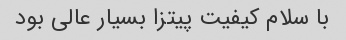
با سلام کیفیت پیتزا بسیار عالی بود